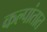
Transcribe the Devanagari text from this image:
कल्पांतात